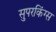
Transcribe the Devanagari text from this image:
सुपरकिंग्स